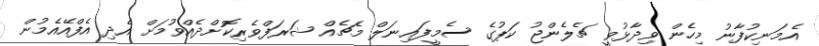
އެމަނިކުފާނު މިހެން ވިދާޅުވީ ޗެލެންޖު ކަޕުގެ ސެމީފައިނަލް މެޗެއް ޝަރަފްވެރިކޮށްދެއްވުމަށް އެދި އެފްއޭއެމުން